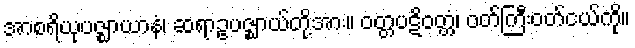
အာစရိယုပဇ္ဈာယာနံ၊ ဆရာဥပဇ္ဈာယ်တို့အား။ ဝတ္တပဋိဝတ္တံ၊ ဝတ်ကြီးဝတ်ငယ်ကို။